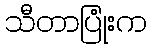
သီတာပြုံးက